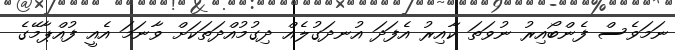
ނަމަވެސް ފެންބޯއިރު ނުވަތަ ކާއިރު އެފަދަ އުނދަގުލެއް ދިގުމުއްދަތަކަށް ވާނަމަ އެއީ ފުއްޕާމޭގެ